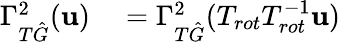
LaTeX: \begin{array}{rl}{\Gamma_{T\hat{G}}^{2}(\mathbf{u})}&{{}=\Gamma_{T\hat{G}}^{2}(T_{rot}T_{rot}^{-1}\mathbf{u})}\end{array}